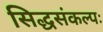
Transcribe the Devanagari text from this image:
सिद्धसंकल्पः